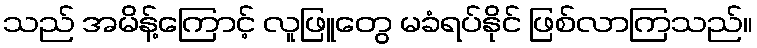
သည် အမိန့်ကြောင့် လူဖြူတွေ မခံရပ်နိုင် ဖြစ်လာကြသည်။